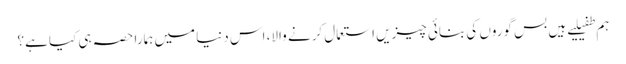
ہم طفیلیے ہیں بس گوروں کی بنائی چیزیں استعمال کرنے والا، اس دنیا میں ہمارا حصہ ہی کیا ہے؟